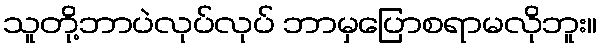
သူတို့ဘာပဲလုပ်လုပ် ဘာမှပြောစရာမလိုဘူး။